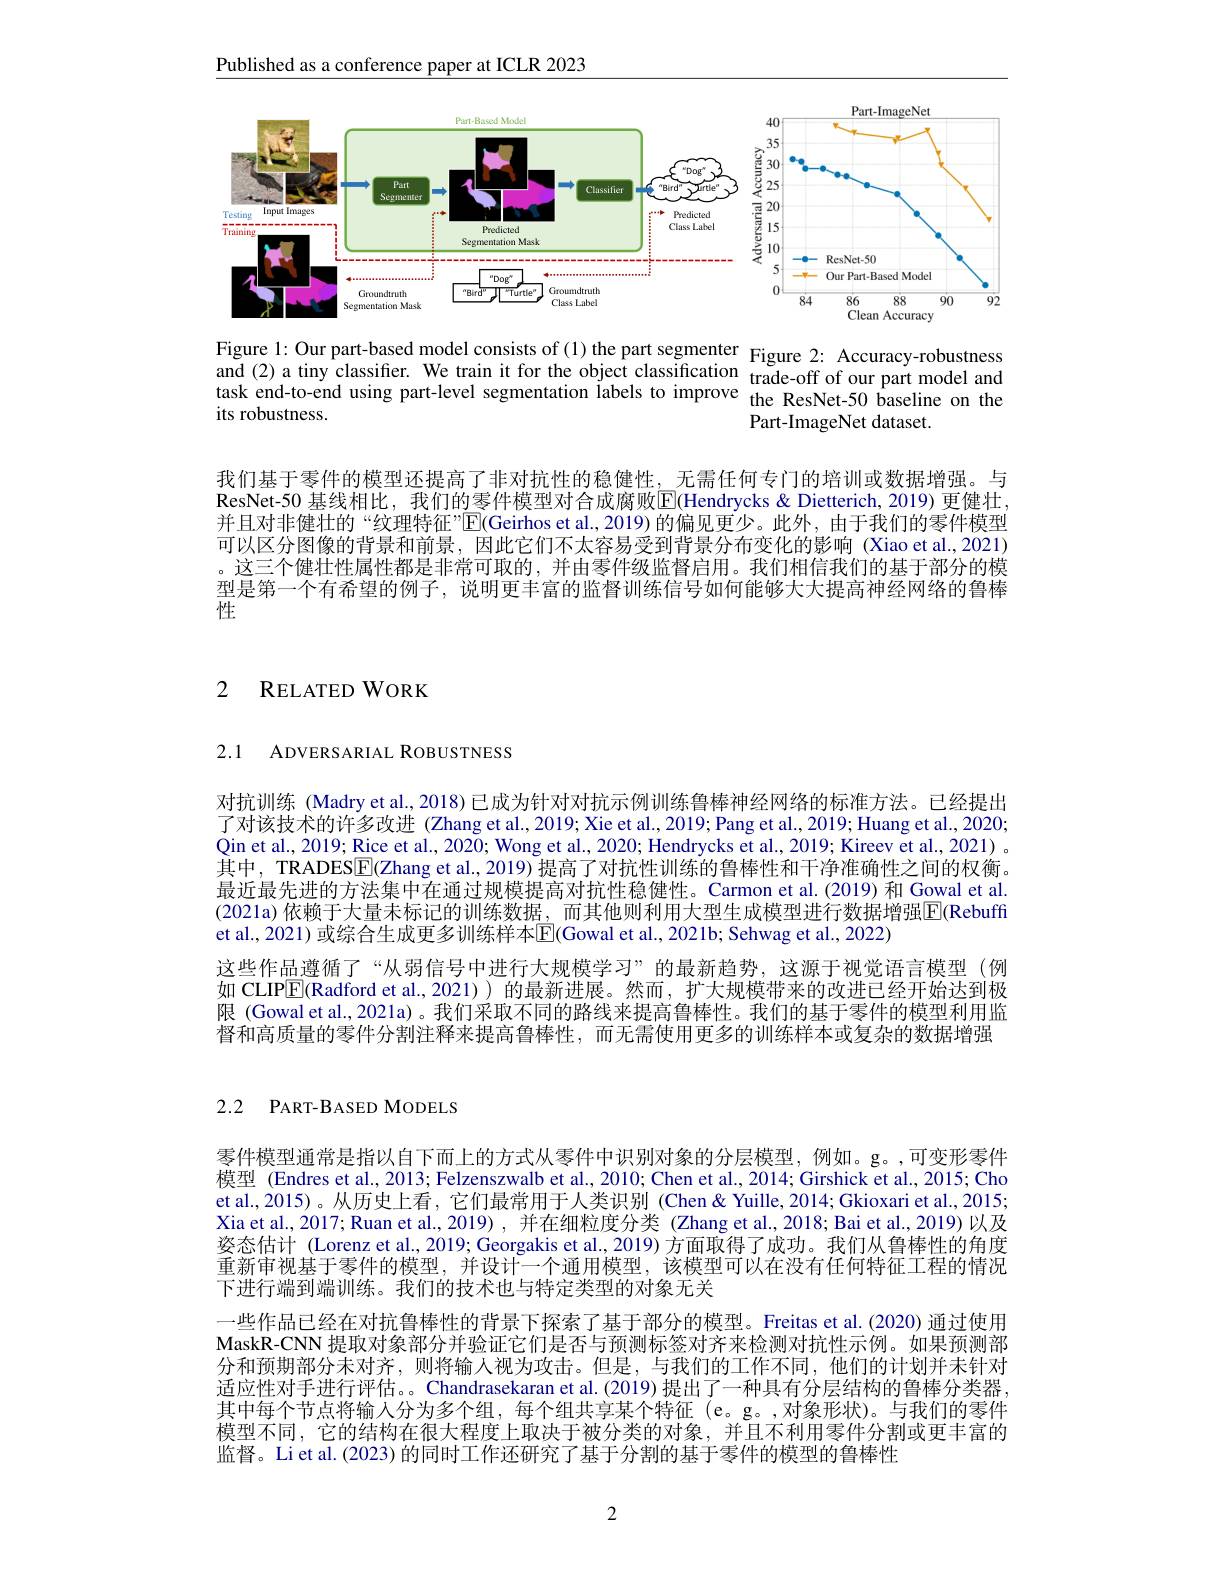
Published as a conference paper at ICLR 2023

<FigureHere>
Figure 1: Our part-based model consists of (1)the part segmenter Figure 2: Accuracy-robustness and (2) a tinv classifier. We train it for the obiect classification $x_{-1}=-x_{-1}$ fobustness

and (2) a tiny classifier. We train it for the object classification trade-off of our part model and task end-to-end using part-level segmentation labels to improve the ResNet-50 baseline on the
its robustness.
Part-ImageNet dataset.

我们基于零件的模型还提高了非对抗性的稳健性，无需任何专门的培训或数据增强。与ResNet-50 基线相比，我们的零件模型对合成腐败E(Hendrycks&Dietterich,2019)更健壮， 并且对非健壮的“纹理特征”E(Geirhos et al.,2019)的偏见更少。此外，由于我们的零件模型可以区分图像的背景和前景，因此它们不太容易受到背景分布变化的影响 (Xiao et al., 2021) 。这三个健壮性属性都是非常可取的，并由零件级监督启用。我们相信我们的基于部分的模型是第一个有希望的例子，说明更丰富的监督训练信号如何能够大大提高神经网络的鲁棒性

# 2 RELATED WORK

2.1 ADVERSARIAL ROBUSTNESS

对抗训练 (Madry et al., 2018) 已成为针对对抗示例训练鲁棒神经网络的标准方法。已经提出了对该技术的许多改进 (Zhang et al., 2019; Xie et al., 2019; Pang et al., 2019; Huang et al., 2020; Qin et al., 2019; Rice et al., 2020; Wong et al., 2020; Hendrycks et al., 2019; Kireev et al., 2021) 。其中，TRADES$\boxed{\mathrm{F}}($Zhang et al., 2019) 提高了对抗性训练的鲁棒性和干净准确性之间的权衡。最近最先进的方法集中在通过规模提高对抗性稳健性。Carmon et al.(2019) 和 Gowal et al. (2021a)依赖于大量未标记的训练数据，而其他则利用大型生成模型进行数据增强$\overline{\mathrm{F}}$(Rebuffi et al., 2021) 或综合生成更多训练样本$\overline{\mathbb{E}}($Gowal et al., 2021b; Sehwag et al., 2022)
这些作品遵循了“从弱信号中进行大规模学习”的最新趋势，这源于视觉语言模型(例如 CLIP$\overline{\mathrm{E}}($Radford et al.,2021)) 的最新进展。然而，扩大规模带来的改进已经开始达到极限 (Gowal et al.,2021a)。我们采取不同的路线来提高鲁棒性。我们的基于零件的模型利用监督和高质量的零件分割注释来提高鲁棒性，而无需使用更多的训练样本或复杂的数据增强

## 2.2 PART-BASED MODELS

零件模型通常是指以自下而上的方式从零件中识别对象的分层模型，例如。g。,可变形零件模型 (Endres et al., 2013; Felzenszwalb et al., 2010; Chen et al., 2014; Girshick et al., 2015; Cho et al., 2015)。从历史上看，它们最常用于人类识别 (Chen & Yuille, 2014; Gkioxari et al., 2015; Xia et al.. 2017; Ruan et al.. 2019), 并在细粒度分类 (Zhang et al.. 2018; Bai et al..2019) 以及姿态估计 (Lorenz et al., 2019; Georgakis et al., 2019) 方面取得了成功。我们从鲁棒性的角度重新审视基于零件的模型，并设计一个通用模型，该模型可以在没有任何特征工程的情况下进行端到端训练。我们的技术也与特定类型的对象无关
一些作品已经在对抗鲁棒性的背景下探索了基于部分的模型。Freitas et al.(2020) 通过使用MaskR-CNN 提取对象部分并验证它们是否与预测标签对齐来检测对抗性示例。如果预测部分和预期部分未对齐，则将输人视为攻击。但是，与我们的工作不同，他们的计划并未针对适应性对手进行评估。。Chandrasekaran et al.(2019) 提出了一种具有分层结构的鲁棒分类器， 其中每个节点将输人分为多个组，每个组共享某个特征(e。g。,对象形状)。与我们的零件模型不同，它的结构在很大程度上取决于被分类的对象，并且不利用零件分割或更丰富的监督。Li et al.(2023) 的同时工作还研究了基于分割的基于零件的模型的鲁棒性

2